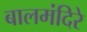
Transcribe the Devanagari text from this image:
बालमंदिरे